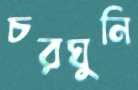
চরঘুনি